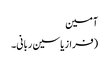
آمین
(فراز یاسین ربانی۔